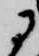
に